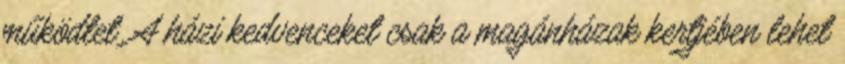
működtet. A házi kedvenceket csak a magánházak kertjében lehet